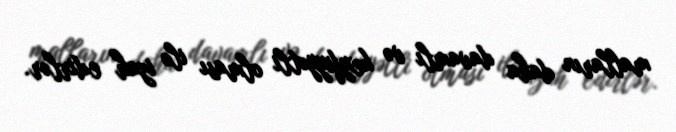
malların daha davamlı və keyfiyyətli olması ilə izah edirlər.